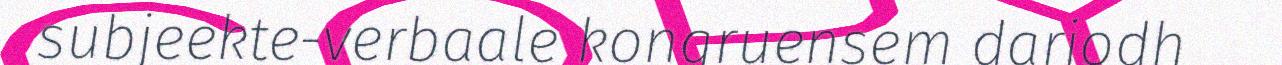
subjeekte-verbaale kongruensem darjodh